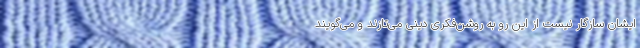
ایشان سازگار نیست از این رو به روشن‌فکری دینی می‌تازند و می‌گویند